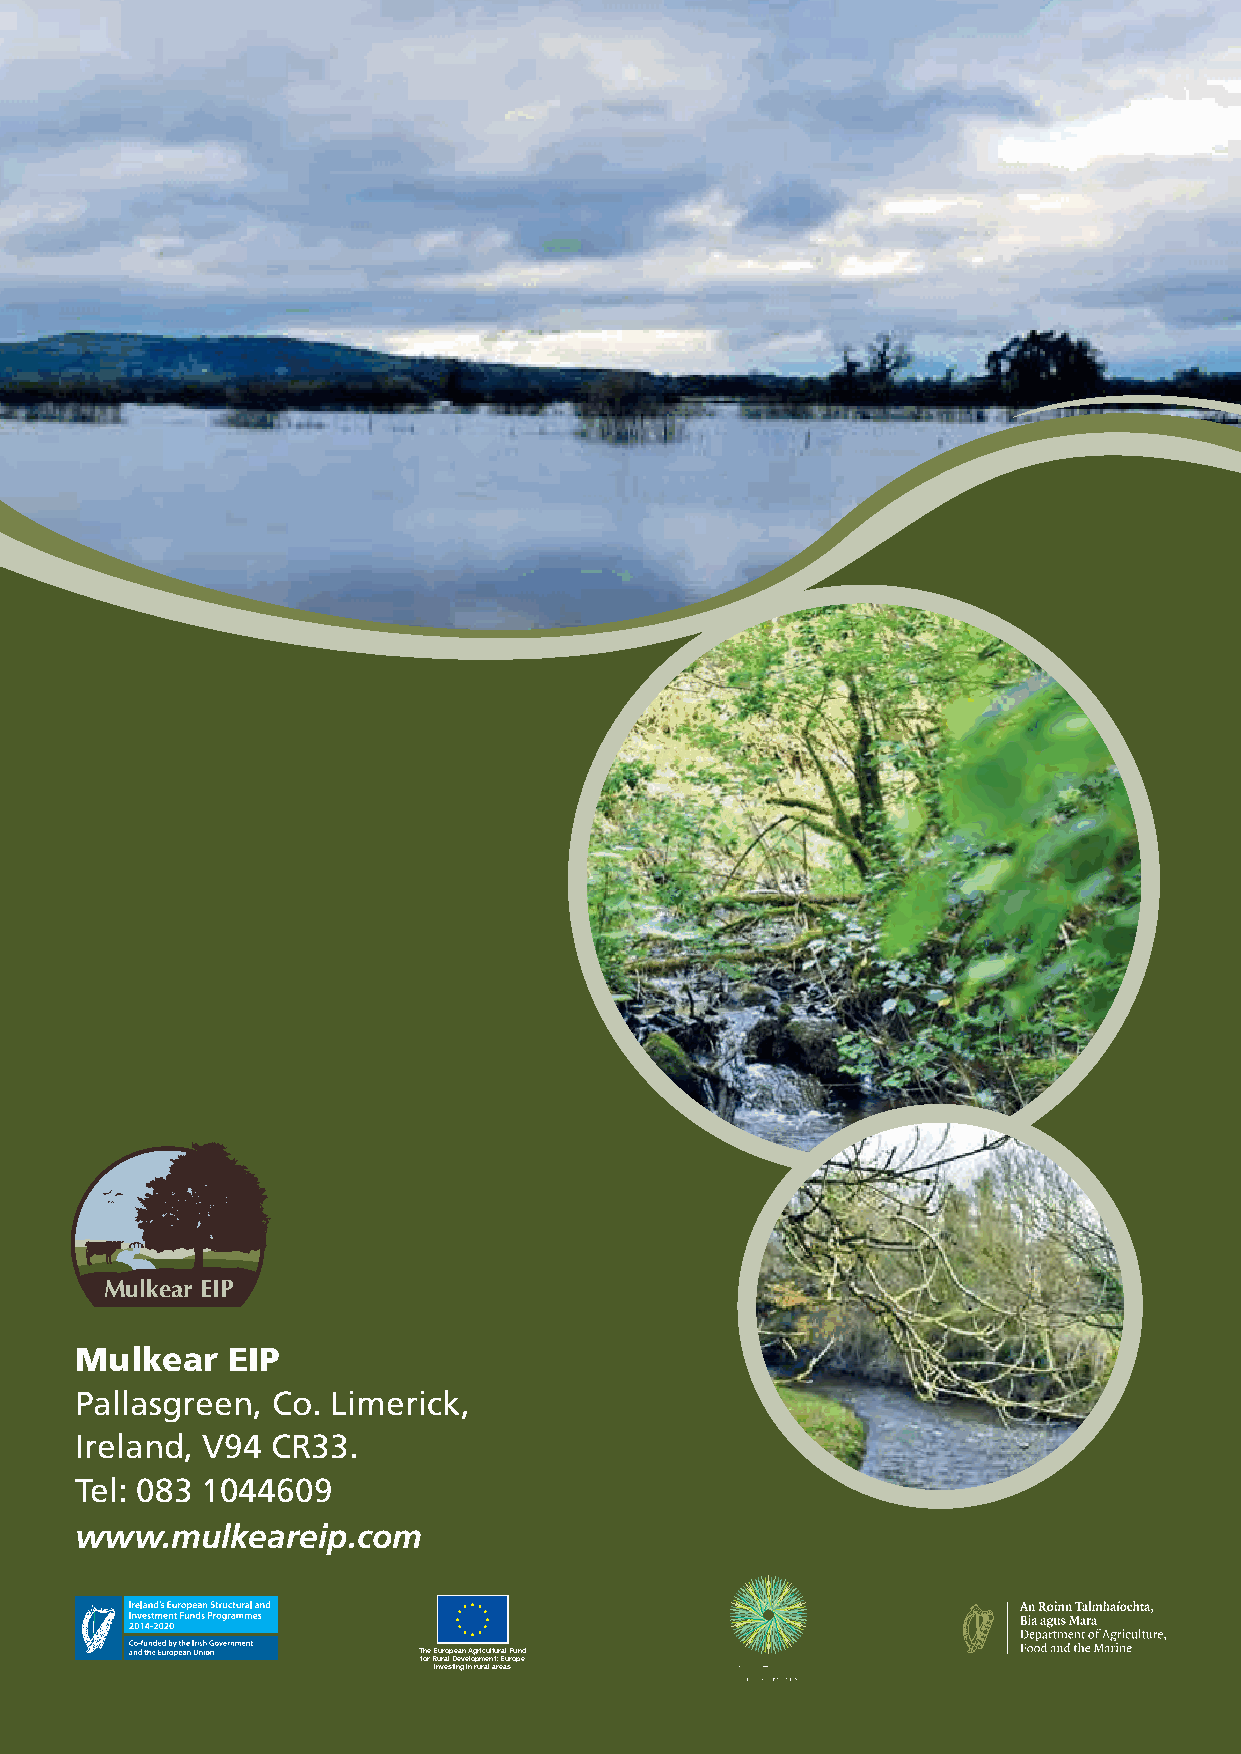
Mulkear EIP
 Mulkear   EIP
 Pallasgreen, Co. Limerick,
 Ireland, V94 CR33.
 Tel: 083 1044609
 www.mulkeareip.com
 The European Agricultural Fund
 for Rural Development: Europe
 investing in rural areas